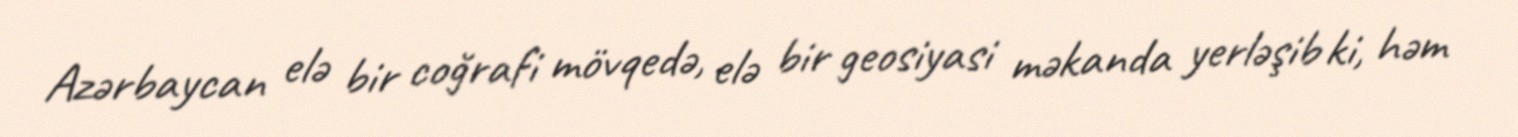
Azərbaycan elə bir coğrafi mövqedə, elə bir geosiyasi məkanda yerləşib ki, həm